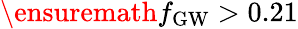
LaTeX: \ensuremath{f_{\mathrm{GW}}}>0.21